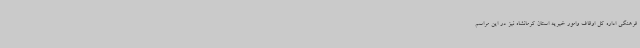
فرهنگی اداره کل اوقاف وامور خیریه استان کرمانشاه نیز در این مراسم